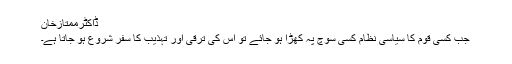
ڈاکٹرممتازخان
جب کسی قوم کا سیاسی نظام کسی سوچ پہ کھڑا ہو جائے تو اس کی ترقی اور تہذیب کا سفر شروع ہو جاتا ہے۔